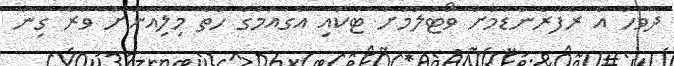
ދުވަހު އެ ރެފަރެންޑަމަށް ވޯޓުލުމަށް ޓަކައި އެގައުމުގެ ހަތް މިލިއަނަށް ވުރެ ގިނަ